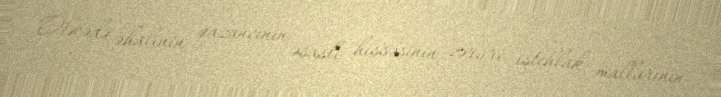
Ölkədə əhalinin qazancının əsaslı hissəsinin zəruri istehlak mallarının